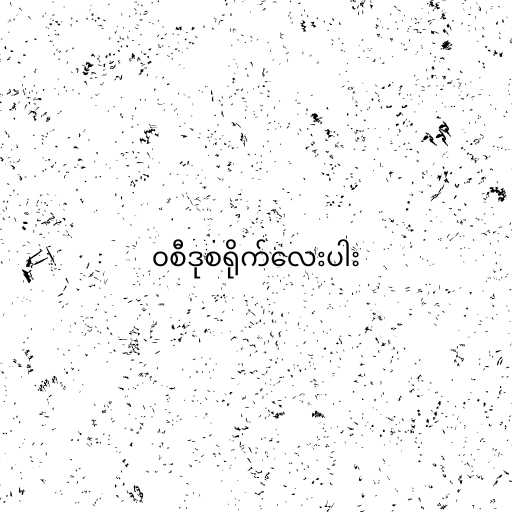
၀စီဒုစရိုက်လေးပါး